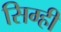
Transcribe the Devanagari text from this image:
सिग्ही